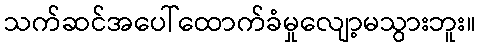
သက်ဆင်အပေါ်ထောက်ခံမှုလျော့မသွားဘူး။